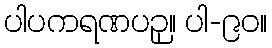
ပါပကရဏပဉှ။ ပါ-၉၀။